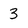
Character: 3